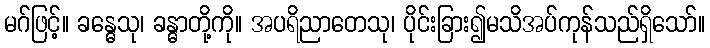
မဂ်ဖြင့်။ ခန္ဓေသု၊ ခန္ဓာတို့ကို။ အပရိညာတေသု၊ ပိုင်းခြား၍မသိအပ်ကုန်သည်ရှိသော်။